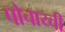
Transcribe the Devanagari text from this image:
पोचाय्ची